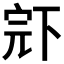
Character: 𱍝